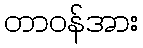
တာဝန်အား